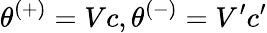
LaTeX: \theta^{(+)}=Vc,\theta^{(-)}=V^{\prime}c^{\prime}